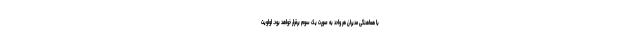
با هماهنگی مدیران هر واحد به صورت یک سوم برقرار خواهد بود. اولویت